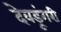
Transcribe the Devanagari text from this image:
देवडूंगरी